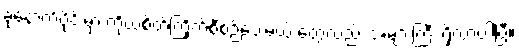
ခုနောက်ပိုင်းမှာ ကိုယ့်စိတ်ကြိုက်စီစဉ်ပေးမယ့် တွေလည်း အများကြီး ရှိလာပါပြီ။